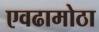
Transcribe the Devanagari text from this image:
एवढामोठा